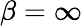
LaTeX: \beta=\infty